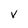
Character: v